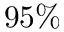
9 5 \%